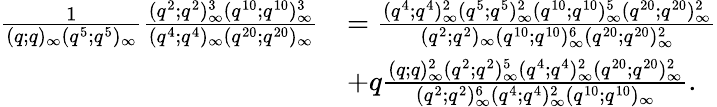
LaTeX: \begin{array}{rl}{\frac{1}{(q;q)_{\infty}(q^{5};q^{5})_{\infty}}\frac{(q^{2};q^{2})_{\infty}^{3}(q^{10};q^{10})_{\infty}^{3}}{(q^{4};q^{4})_{\infty}(q^{20};q^{20})_{\infty}}}&{=\frac{(q^{4};q^{4})_{\infty}^{2}(q^{5};q^{5})_{\infty}^{2}(q^{10};q^{10})_{\infty}^{5}(q^{20};q^{20})_{\infty}^{2}}{(q^{2};q^{2})_{\infty}(q^{10};q^{10})_{\infty}^{6}(q^{20};q^{20})_{\infty}^{2}}}\\ &{+q\frac{(q;q)_{\infty}^{2}(q^{2};q^{2})_{\infty}^{5}(q^{4};q^{4})_{\infty}^{2}(q^{20};q^{20})_{\infty}^{2}}{(q^{2};q^{2})_{\infty}^{6}(q^{4};q^{4})_{\infty}^{2}(q^{10};q^{10})_{\infty}}.}\end{array}